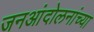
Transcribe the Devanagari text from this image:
जनआंदोलनांच्या